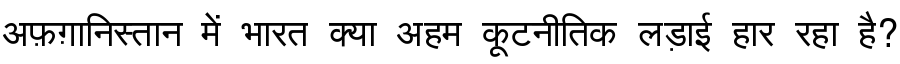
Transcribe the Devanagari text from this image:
अफ़ग़ानिस्तान में भारत क्या अहम कूटनीतिक लड़ाई हार रहा है?